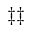
\ddag \ddag